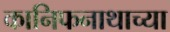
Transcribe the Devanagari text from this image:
कानिफनाथाच्या